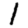
Digit: 1